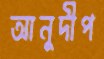
আনুদীপ